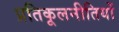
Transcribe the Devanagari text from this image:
प्रतिकूलनीतियों